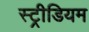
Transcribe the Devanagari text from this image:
स्ट्रीडियम